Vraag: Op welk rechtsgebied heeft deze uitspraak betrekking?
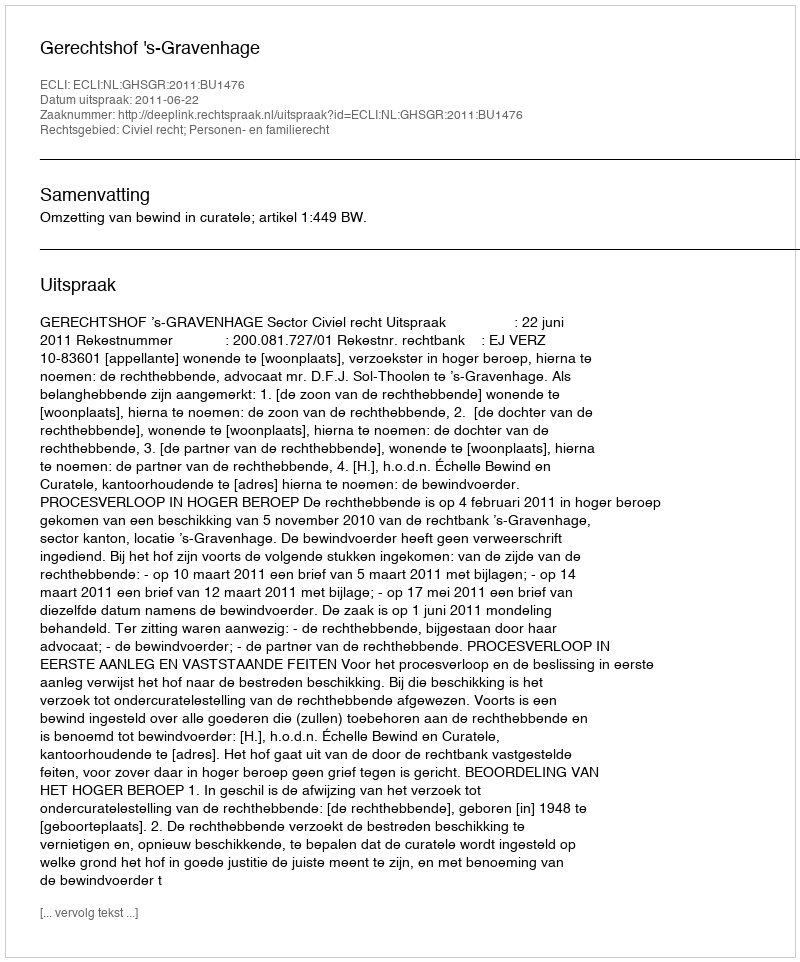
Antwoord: Civiel recht; Personen- en familierecht